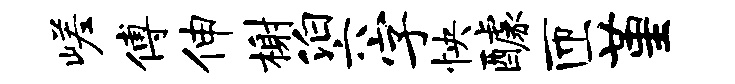
嵯傅伸榭泊六字怏醵匝堇